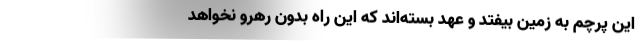
این پرچم به زمین بیفتد و عهد بسته‌اند که این راه بدون رهرو نخواهد